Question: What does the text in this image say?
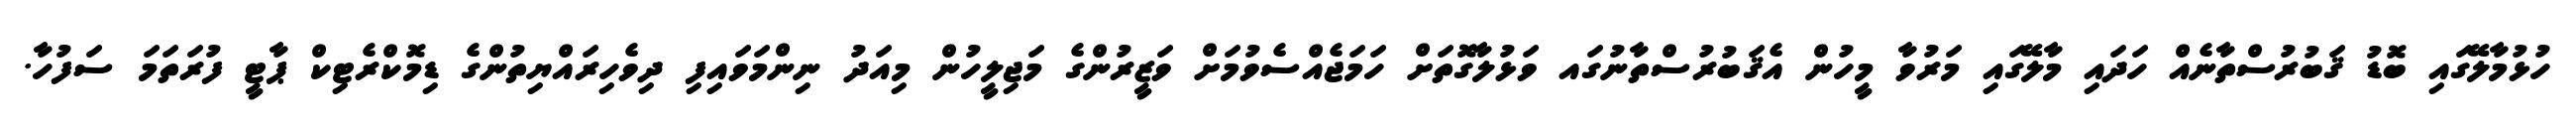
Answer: ހުޅުމާލޭގައި ބޮޑު ޤަބުރުސްތާނެއް ހަދައި މާލޭގައި މަރުވާ މީހުން އެޤަބުރުސްތާނުގައ ވަޅުލާގޮތަށް ހަމަޖެއްސެވުމަށް ވަޒީރުންގެ މަޖިލީހުން މިއަދު ނިންމަވައިފި ދިވެހިރައްޔިތުންގެ ޑިމޮކްރެޓިކް ޕާޓީ ފުރަތަމަ ސަފުހާ.